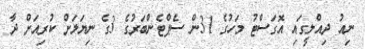
ނިއު ދިއްލީގައި އޮގަސްޓު މަހުގެ 31ން ސެޕްޓެންބަރުގެ 3ގެ ނިޔަލަށް ކުރިއަށް ދާ